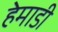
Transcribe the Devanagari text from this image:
हेमाडी